Indian journal of veterinary science and animal husbandry - Volume 7,
Year: 1937
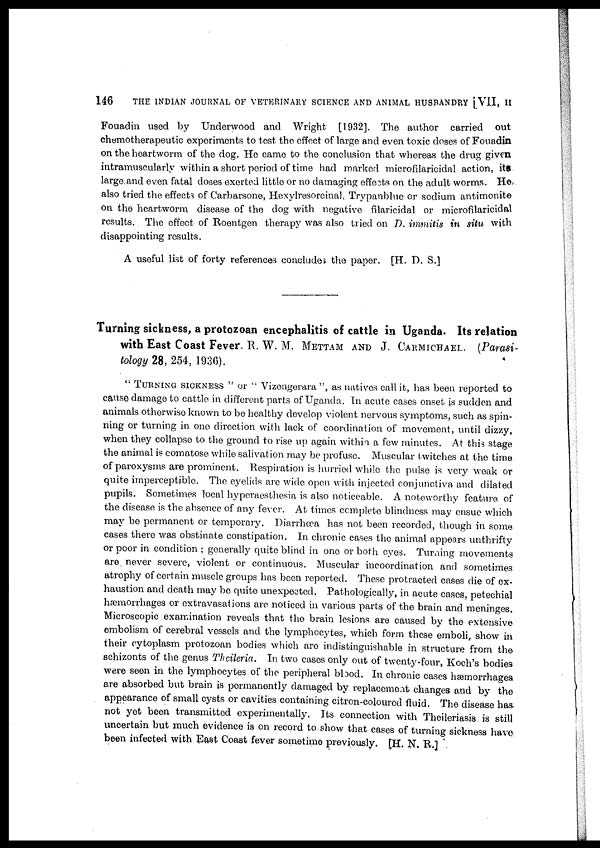
146
THE INDIAN JOURNAL OF VETERINARY SCIENCE AND ANIMAL HUSBANDRY [VII, II
Fouadin used by Underwood and Wright [1932]. The author carried out
chemotherapeutic experiments to test the effect of large and even toxic doses of Fouadin
on the heartworm of the dog. He came to the conclusion that whereas the drug given
intramuscularly within a short period of time had marked microfilaricidal action, its
large and even fatal doses exerted little or no damaging effects on the adult worms. He
also tried the effects of Carbarsone, Hexylresorcinal Trypanblue or sodium antimonite
on the heartworm disease of the dog with negative filaricidal or microfilaricidal
results. The effect of Roentgen therapy was also tried on D. immitis in situ with
disappointing results.
A useful list of forty references concludes the paper. [H. D. S.]
Turning sickness, a protozoan encephalitis of cattle in Uganda. Its relation
with East Coast Fever. R. W. M. METTAM AND J. CARMICHAEL. (Parasi-
tology 28, 254, 1936).
" TURNING SICKNESS " or " Vizengerara ", as natives call it, has been reported to
cause damage to cattle in different parts of Uganda. In acute cases onset is sudden and
animals otherwise known to be healthy develop violent nervous symptoms, such as spin-
ning or turning in one direction with lack of coordination of movement, until dizzy,
when they collapse to the ground to rise up again within a few minutes. At this stage
the animal is comatose while salivation may be profuse. Muscular twitches at the time
of paroxysms are prominent. Respiration is hurried while the pulse is very weak or
quite imperceptible. The eyelids are wide open with injected conjunctiva and dilated
pupils. Sometimes local hyperaesthesia is also noticeable. A noteworthy feature of
the disease is the absence of any fever. At times complete blindness may ensue which
may be permanent or temporary. Diarrhœa has not been recorded, though in some
cases there was obstinate constipation. In chronic cases the animal appears unthrifty
or poor in condition ; generally quite blind in one or both eyes. Turning movements
are never severe, violent or continuous. Muscular incoordination and sometimes
atrophy of certain muscle groups has been reported. These protracted cases die of ex-
haustion and death may be quite unexpected. Pathologically, in acute cases, petechial
hæmorrhages or extravasations are noticed in various parts of the brain and meninges.
Microscopic examination reveals that the brain lesions are caused by the extensive
embolism of cerebral vessels and the lymphocytes, which form these emboli, show in
their cytoplasm protozoan bodies which are indistinguishable in structure from the
schizonts of the genus Theileria. In two cases only out of twenty-four, Koch's bodies
were seen in the lymphocytes of the peripheral blood. In chronic cases hæmorrhages
are absorbed but brain is permanently damaged by replacement changes and by the
appearance of small cysts or cavities containing citron-coloured fluid. The disease has
not yet been transmitted experimentally. Its connection with Theileriasis is still
uncertain but much evidence is on record to show that cases of turning sickness have
been infected with East Coast fever sometime previously. [H. N. R.]